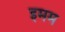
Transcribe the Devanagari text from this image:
इमम